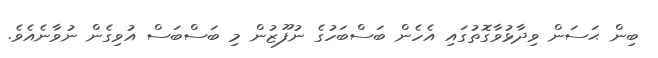
ބިން ޙަސަން ވިދާޅުވާގޮތުގައި އެހެން ބަސްބަހުގެ ނުފޫޒުން މި ބަސްބަސް އުވިގެން ނުވާނެއެވެ.